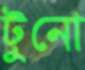
টুনো